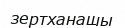
зертханашы